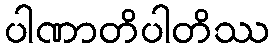
ပါဏာတိပါတိဿ